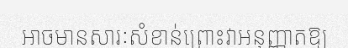
អាចមានសារៈសំខាន់ព្រោះវាអនុញ្ញាតឱ្យ